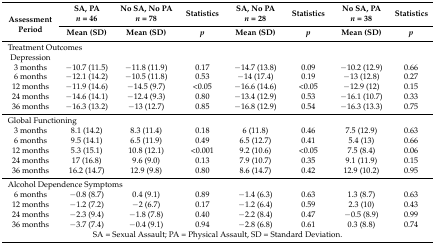
<table><thead><tr><td rowspan="2"><b>Assessment Period</b></td><td><b>SA, PA<i>n</i> = 46</b></td><td><b>No SA, No PA<i>n</i> = 78</b></td><td><b>Statistics</b></td><td><b>SA, No PA<i>n</i> = 28</b></td><td><b>Statistics</b></td><td><b>No SA, PA<i>n</i> = 38</b></td><td><b>Statistics</b></td></tr><tr><td><b>Mean (SD)</b></td><td><b>Mean (SD)</b></td><td><b><i>p</i></b></td><td><b>Mean (SD)</b></td><td><b><i>p</i></b></td><td><b>Mean (SD)</b></td><td><b><i>p</i></b></td></tr></thead><tbody><tr><td colspan="2">Treatment Outcomes</td><td></td><td></td><td></td><td></td><td></td><td></td></tr><tr><td>Depression</td><td></td><td></td><td></td><td></td><td></td><td></td><td></td></tr><tr><td>3 months</td><td>−10.7 (11.5)</td><td>−11.8 (11.9)</td><td>0.17</td><td>−14.7 (13.8)</td><td>0.09</td><td>−10.2 (12.9)</td><td>0.66</td></tr><tr><td>6 months</td><td>−12.1 (14.2)</td><td>−10.5 (11.8)</td><td>0.53</td><td>−14 (17.4)</td><td>0.19</td><td>−13 (12.8)</td><td>0.27</td></tr><tr><td>12 months</td><td>−11.9 (14.6)</td><td>−14.5 (9.7)</td><td>&lt;0.05</td><td>−16.6 (14.6)</td><td>&lt;0.05</td><td>−12.9 (12)</td><td>0.15</td></tr><tr><td>24 months</td><td>−14.6 (14.1)</td><td>−12.4 (9.3)</td><td>0.80</td><td>−13.4 (12.9)</td><td>0.53</td><td>−16.1 (10.7)</td><td>0.33</td></tr><tr><td>36 months</td><td>−16.3 (13.2)</td><td>−13 (12.7)</td><td>0.85</td><td>−16.8 (12.9)</td><td>0.54</td><td>−16.3 (13.3)</td><td>0.75</td></tr><tr><td colspan="2">Global Functioning</td><td></td><td></td><td></td><td></td><td></td><td></td></tr><tr><td>3 months</td><td>8.1 (14.2)</td><td>8.3 (11.4)</td><td>0.18</td><td>6 (11.8)</td><td>0.46</td><td>7.5 (12.9)</td><td>0.63</td></tr><tr><td>6 months</td><td>9.5 (14.1)</td><td>6.5 (11.9)</td><td>0.49</td><td>6.5 (12.7)</td><td>0.41</td><td>5.4 (13)</td><td>0.66</td></tr><tr><td>12 months</td><td>5.3 (15.1)</td><td>10.8 (12.1)</td><td>&lt;0.001</td><td>9.2 (10.6)</td><td>&lt;0.05</td><td>7.5 (8.4)</td><td>0.06</td></tr><tr><td>24 months</td><td>17 (16.8)</td><td>9.6 (9.0)</td><td>0.13</td><td>7.9 (10.7)</td><td>0.35</td><td>9.1 (11.9)</td><td>0.15</td></tr><tr><td>36 months</td><td>16.2 (14.7)</td><td>12.9 (9.8)</td><td>0.80</td><td>8.6 (14.7)</td><td>0.42</td><td>12.9 (10.2)</td><td>0.95</td></tr><tr><td colspan="3">Alcohol Dependence Symptoms</td><td></td><td></td><td></td><td></td><td></td></tr><tr><td>6 months</td><td>−0.8 (8.7)</td><td>0.4 (9.1)</td><td>0.89</td><td>−1.4 (6.3)</td><td>0.63</td><td>1.3 (8.7)</td><td>0.63</td></tr><tr><td>12 months</td><td>−1.2 (7.2)</td><td>−2 (6.7)</td><td>0.17</td><td>−1.2 (6.4)</td><td>0.59</td><td>2.3 (10)</td><td>0.43</td></tr><tr><td>24 months</td><td>−2.3 (9.4)</td><td>−1.8 (7.8)</td><td>0.40</td><td>−2.2 (8.4)</td><td>0.47</td><td>−0.5 (8.9)</td><td>0.99</td></tr><tr><td>36 months</td><td>−3.7 (7.4)</td><td>−0.4 (9.1)</td><td>0.94</td><td>−2.8 (6.8)</td><td>0.61</td><td>0.3 (8.8)</td><td>0.74</td></tr><tr><td colspan="8">SA = Sexual Assault; PA = Physical Assault, SD = Standard Deviation.</td></tr></tbody></table>